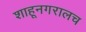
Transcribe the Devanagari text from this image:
शाहूनगरालच